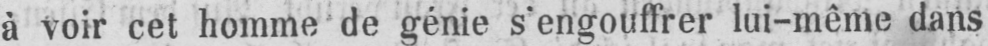
à voir cet homme de génie s’engouffrer lui-même dans